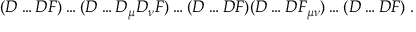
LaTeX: ( D \ldots D F ) \ldots ( D \ldots D _ { \mu } D _ { \nu } F ) \ldots ( D \ldots D F ) ( D \ldots D F _ { \mu \nu } ) \ldots ( D \ldots D F ) \; .